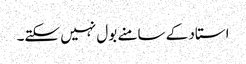
استاد کے سامنے بول نہیں سکتے۔